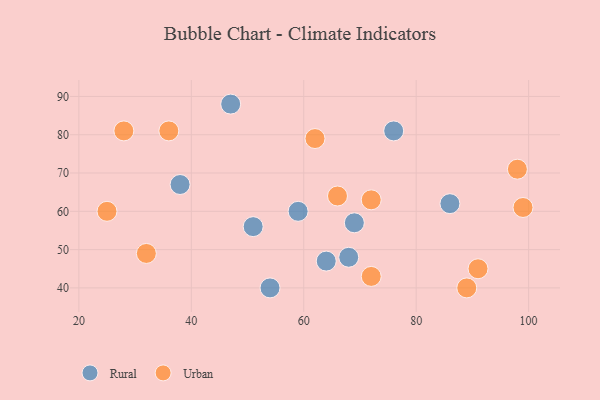
{"axis": {"x": "GDP", "y": "Life Expectancy"}, "legend": ["Rural", "Urban"], "data": [{"x": "68", "y": 48, "type": "Rural"}, {"x": "59", "y": 60, "type": "Rural"}, {"x": "47", "y": 88, "type": "Rural"}, {"x": "76", "y": 81, "type": "Rural"}, {"x": "54", "y": 40, "type": "Rural"}, {"x": "38", "y": 67, "type": "Rural"}, {"x": "86", "y": 62, "type": "Rural"}, {"x": "64", "y": 47, "type": "Rural"}, {"x": "69", "y": 57, "type": "Rural"}, {"x": "51", "y": 56, "type": "Rural"}, {"x": "25", "y": 60, "type": "Urban"}, {"x": "89", "y": 40, "type": "Urban"}, {"x": "72", "y": 63, "type": "Urban"}, {"x": "72", "y": 43, "type": "Urban"}, {"x": "62", "y": 79, "type": "Urban"}, {"x": "36", "y": 81, "type": "Urban"}, {"x": "28", "y": 81, "type": "Urban"}, {"x": "98", "y": 71, "type": "Urban"}, {"x": "91", "y": 45, "type": "Urban"}, {"x": "32", "y": 49, "type": "Urban"}, {"x": "66", "y": 64, "type": "Urban"}, {"x": "99", "y": 61, "type": "Urban"}]}